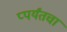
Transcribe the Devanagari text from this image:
प्पर्यंतचा